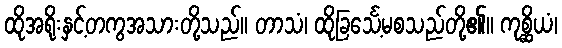
ထိုအရိုးနှင့်တကွအသားတို့သည်။ တာသံ၊ ထိုခြင်္သေ့မစသည်တို့၏။ ကုစ္ဆိယံ၊